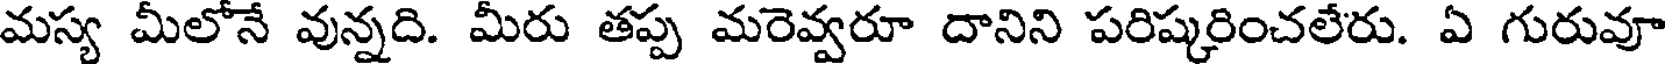
మస్య మీలోనే వున్నది. మీరు తప్ప మరెవ్వరూ దానిని పరిష్కరించలేరు. ఏ గురువూ